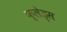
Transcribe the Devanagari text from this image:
क्लेड्स